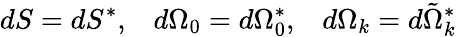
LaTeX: dS=dS^{*},\; \; \; d\Omega_{0}=d\Omega_{0}^{*},\; \; \; d\Omega_{k}=d\tilde{\Omega}_{k}^{*}